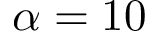
\alpha = 1 0